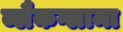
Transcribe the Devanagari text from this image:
ब्लैकग्लामा